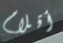
أقلام